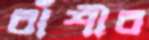
বাঁশীর